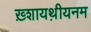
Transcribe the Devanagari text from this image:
ख़्शायथ़ीयनम